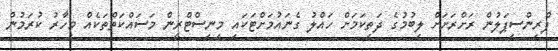
ޕްރިންސިޕަލުން ރަށްރަށަށް ލިބުމުގެ ދަތިކަމަށް ހައްލު ގެނައުމަށްޓަކައި މިނިސްޓްރީން މަސައްކަތްތަކެއް މިހާރު ކުރަމުން